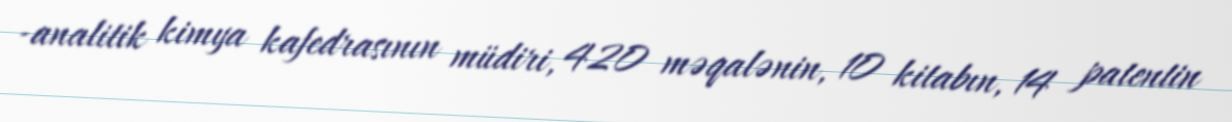
-analitik kimya kafedrasının müdiri, 420 məqalənin, 10 kitabın, 14 patentin